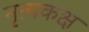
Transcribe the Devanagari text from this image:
नृत्यकक्ष